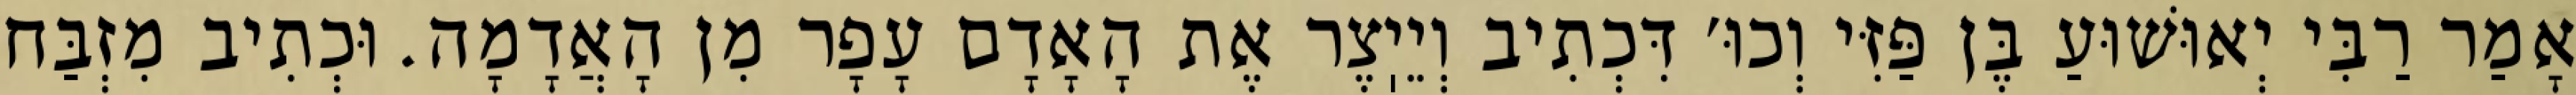
אָמַר רַבִּי יְאוּשׁוּעַ בֶּן פַּזִּי וְכוּ׳ דִּכְתִיב וְיֵיֽצֶר אֶת הָאָדָם עָפָר מִן הָאֲדָמָה. וּכְתִיב מִזְבַּח